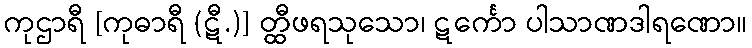
ကုဌာရီ [ကုဓာရီ (ဋီ.)] တ္ထီဖရသုသော၊ ဋင်္ကော ပါသာဏဒါရဏော။